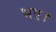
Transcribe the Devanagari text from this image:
भए।